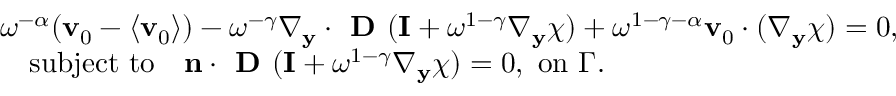
\begin{array} { r l } & { \omega ^ { - \alpha } ( \mathbf v _ { 0 } - \langle \mathbf v _ { 0 } \rangle ) - \omega ^ { - \gamma } \nabla _ { \mathbf y } \cdot \textbf { D } ( \mathbf I + \omega ^ { 1 - \gamma } \nabla _ { \mathbf y } \boldsymbol { \chi } ) + \omega ^ { 1 - \gamma - \alpha } \mathbf v _ { 0 } \cdot ( \nabla _ { \mathbf y } \boldsymbol { \chi } ) = 0 , } \\ & { \quad \mathrm { s u b j e c t ~ t o } \quad \mathbf n \cdot \textbf { D } ( \mathbf I + \omega ^ { 1 - \gamma } \nabla _ { \mathbf y } \boldsymbol { \chi } ) = 0 , \mathrm { ~ o n ~ } \Gamma . } \end{array}